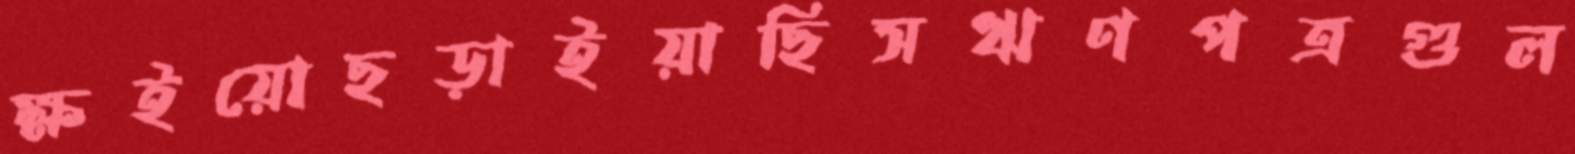
ক্ষইয়োছড়াইয়াছিসঋণপত্রগুল